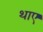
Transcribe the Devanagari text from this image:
थाए